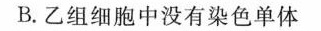
B.乙组细胞中没有染色单体